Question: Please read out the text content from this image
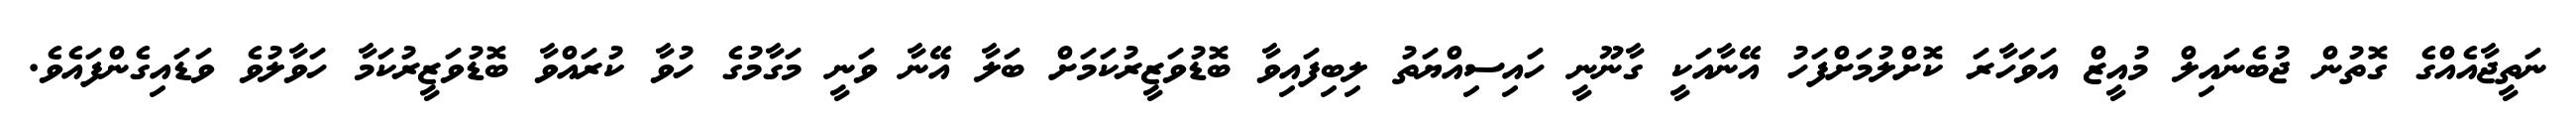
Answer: ނަތީޖާއެއްގެ ގޮތުން ޖުބެނައިލް މުއީޒް އަވަހާރަ ކޮށްލުމަށްފަހު އޭނާއަކީ ގާނޫނީ ހައިސިއްޔަތު ލިބިފައިވާ ބޮޑުވަޒީރުކަމަށް ބަލާ އޭނާ ވަނީ މަގާމުގެ ހުވާ ކުރައްވާ ބޮޑުވަޒީރުކަމާ ހަވާލުވެ ވަޑައިގެންފައެވެ.